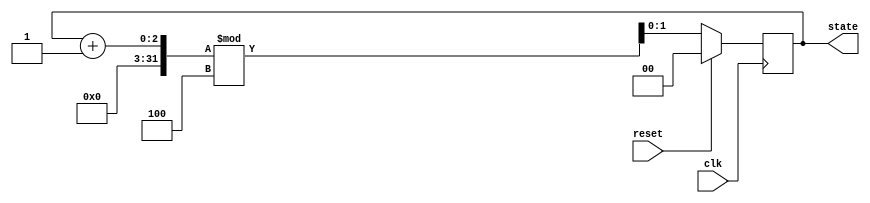
`default_nettype none

module rolling_counter #(
    parameter STATE_COUNT = 4,
    parameter STATE_BITS = $clog2(STATE_COUNT)
)
(
    input clk,
    input reset,
    output reg[STATE_BITS-1:0] state
);

    always @(posedge clk) begin
        if(reset)
            state <= 0;
        else
            state <= (state + 1) % STATE_COUNT;
    end

`ifdef FORMAL
    // register for knowing if we have just started
    reg f_past_valid = 0;

    initial assume(reset);
    initial assume(state == 0);

    always @(posedge clk) begin
        // cover reset
        if(f_past_valid && $past(reset) && !reset)
                _reset_: assert(state == 0);

        // cover a full rotation
        if(f_past_valid && !reset)
            _rolled_over_: cover($past(state) == STATE_COUNT-1 && state == 0);

        // assert we're always advancing the state
        if(f_past_valid)
            if(!$past(reset))
                _incrementing_: assert(state == ($past(state) + 1) % STATE_COUNT);

        f_past_valid = 1;
    end
`endif

endmodule